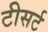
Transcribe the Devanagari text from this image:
टीसर्ट